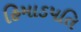
હિમાડપતિ